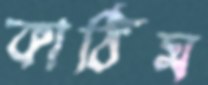
কাঠিম